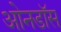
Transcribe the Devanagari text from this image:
ओनडॉस